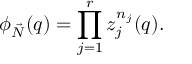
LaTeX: \phi _ { \vec { N } } ( q ) = \prod _ { j = 1 } ^ { r } z _ { j } ^ { n _ { j } } ( q ) .